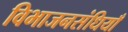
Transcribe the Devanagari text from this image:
विभाजनसंधियाँ